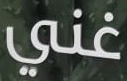
غني